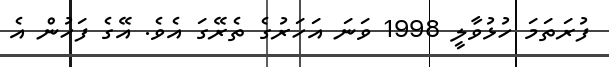
ފުރަތަމަ ހުޅުވާލީ 1998 ވަނަ އަހަރުގެ ތެރޭގަ އެވެ. އޭގެ ފަހުން އެ